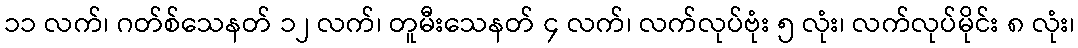
၁၁ လက်၊ ဂတ်စ်သေနတ် ၁၂ လက်၊ တူမီးသေနတ် ၄ လက်၊ လက်လုပ်ဗုံး ၅ လုံး၊ လက်လုပ်မိုင်း ၈ လုံး၊